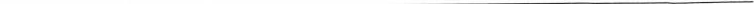
_